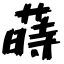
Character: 蒔